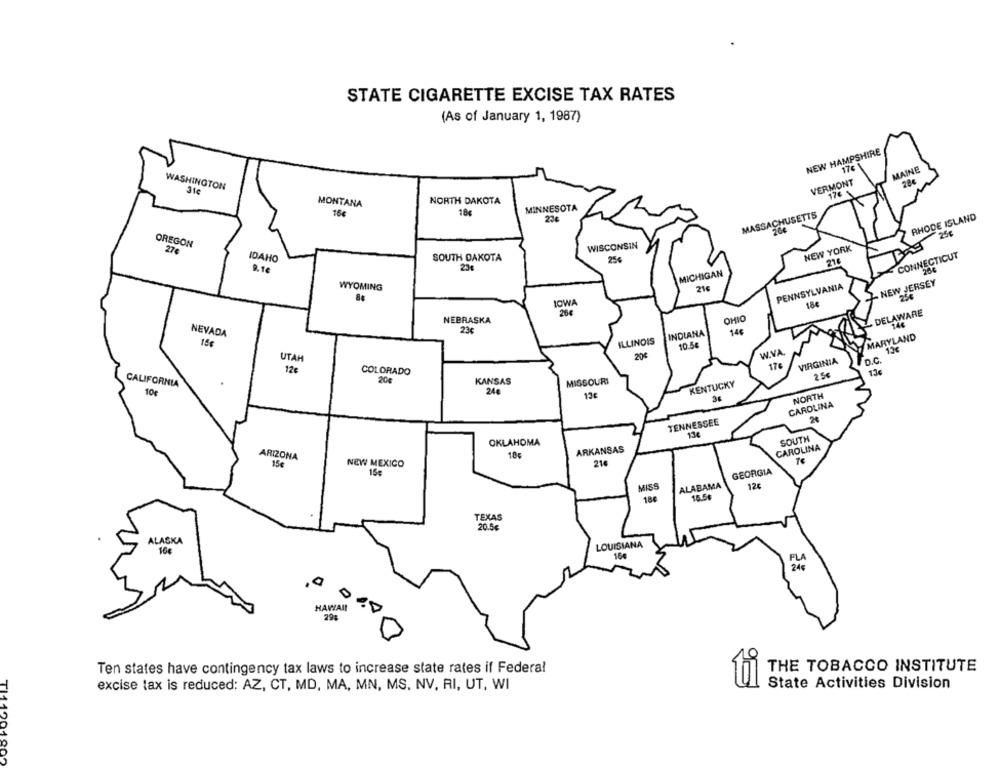
STATE CIGARETTE EXCISE TAX RATES
(As of January 1, 1987)
NEW HAMPSHIRE
17€
MAINE
VERMONT
WASHINGTON
126
NORTH DAKOTA
MONTANA
MINNESOTA
164
18€
MASSACHUSETTS
RHODE ISLAND
23€
25€
OREGON
WISCONSIN
NEW YORK
27
CONNECTICUT
IDAHO
SOUTH DAKOTA
25%
216
9.1€
23€
MICHIGAN
PENNSYLVANIA
- NEW JERSEY
WYOMING
216
IOWA
18€
25€
DELAWARE
NEBRASKA
OHIO
146
23€
INDIANA
14€
NEVADA
ILLINOIS
MARYLAND
10.5€
W.VA.
13€
UTAH
VIRGINIA
D.C.
12€
174
COLORADO
2.5€
13€
CALIFORNIA
20€
KANSAS
MISSOURI
KENTUCKY
10€
24€
13€
36
NORTH
CAROLINA
TENNESSEE
136
SOUTH
OKLAHOMA
CAROLINA
18
ARKANSAS
ARIZONA
15€
NEW MEXICO
21€
15€
GEORGIA
ALABAMA
12c
MISS
15.54
TEXAS
20.5€
ALASKA
LOUISIANA
16€
16€
24€
HAWAII
29%
Ten states have contingency tax laws to increase state rates if Federal
THE TOBACCO INSTITUTE
excise tax is reduced: AZ, CT, MD, MA, MN, MS. NV, RI, UT, WI
State Activities Division